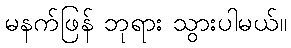
မနက်ဖြန် ဘုရား သွားပါမယ်။